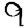
Digit: 9